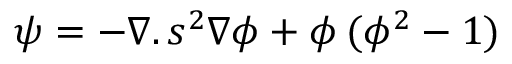
\psi = - \nabla . \, { s ^ { 2 } } \nabla \phi + { \phi ^ { } } \, ( { \phi ^ { 2 } } - 1 )